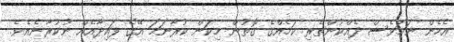
އެހެން ނަމަވެސް ދެއްކުންތެރި ކަމެއްގެ ގޮތުން މިކަން ކުރާނަމަ އޭގެ ފައިދާއެއް ނުކުރާނެއެވެ.